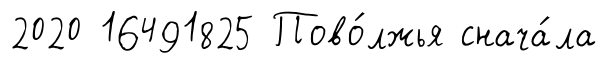
2020 16491825 Пово́лжья снача́ла